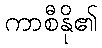
ကာစီနို၏